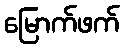
မြောက်ဖက်